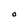
Character: O